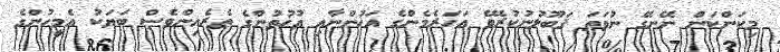
މިކަންކަން ނޭނގޭ ނުވަތަ ޤަބޫލުނުކުރެވޭ އަހަރެމެންގެ އަޚުންނާއި އުޚުތުންގެ ތެރެއިންވެސް ބަޔަކު އެމީހުންގެ